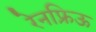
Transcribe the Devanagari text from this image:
रेनफ्रिऊ